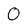
Character: O